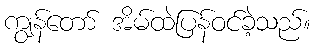
ကျွန်တော် အိမ်ထဲပြန်ဝင်ခဲ့သည်။